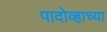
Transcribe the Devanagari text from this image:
पादोव्हाच्या